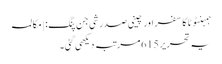
ہمبنٹوٹا کا سفر اور چینی صدر شی جن پنگ: | مکالمہ
یہ تحریر 615 مرتبہ دیکھی گئی۔